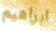
ابراهيم